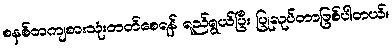
စနစ်တကျစားသုံးတတ်စေရန် ရည်ရွယ်ပြီး ပြုလုပ်တာဖြစ်ပါတယ်။